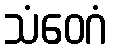
သံဝေဂံ